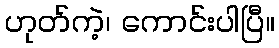
ဟုတ်ကဲ့၊ ကောင်းပါပြီ။